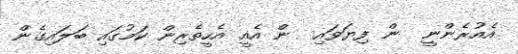
އެއުރެންނީ  ން ފިޔަވައި  ން އެއީ އެހީތެރިން ކަމުގައި ބަލައިގެން